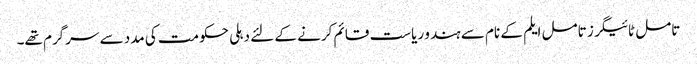
تامل ٹائیگرز تامل ایلم کے نام سے ہندو ریاست قائم کرنے کے لئے دہلی حکومت کی مدد سے سرگرم تھے۔